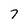
Character: 7